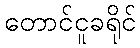
တောင်ငူခရိုင်